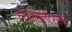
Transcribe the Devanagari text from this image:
ट्रान्सलेटर्सने